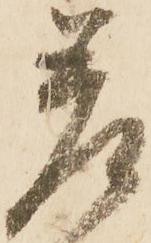
差